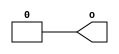
module generic_input #(
  parameter IW  = 1,    // input width
  parameter PD  = 10,   // push delay
  parameter DS  = 1'b0, // default (off) state
  parameter DBG = 0     // debug output
)(
  output wire [ IW-1:0] o
);



////////////////////////////////////////
// logic                              //
////////////////////////////////////////

reg  [ IW-1:0] state = {IW{DS}};
assign o = state;



////////////////////////////////////////
// tasks                              //
////////////////////////////////////////

//// on ////
task on;
input [ IW-1:0] i;
begin
  if (DBG) $display ("BENCH : %M : %t : changing state from [%b] to [%b].", $time, state, (DS ? i & state : i | state));
  state <= #1 DS ? i & state : i | state;
end
endtask


//// off ////
task off;
input [ IW-1:0] i;
begin
  if (DBG) $display ("BENCH : %M : %t : changing state from [%b] to [%b].", $time, state, (DS ? i | state : i & state));
  state <= #1 DS ? i | state : i & state;
end
endtask


//// push ////
task push;
input [ IW-1:0] i;
begin
  if (DBG) $display ("BENCH : %M : %t : changing state from [%b] to [%b].", $time, state, (i ^ state));
  state = #1 i ^ state;
  #PD;
  if (DBG) $display ("BENCH : %M : %t : changing state from [%b] to [%b].", $time, state, (i ^ state));
  state = #1 i ^ state;
end
endtask


//// toggle ////
task toggle;
input [ IW-1:0] i;
begin
  if (DBG) $display ("BENCH : %M : %t : changing state from [%b] to [%b].", $time, state, (i ^ state));
  state = #1 i ^ state;
end
endtask



endmodule